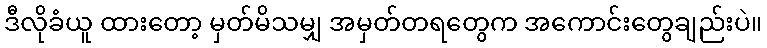
ဒီလိုခံယူ ထားတော့ မှတ်မိသမျှ အမှတ်တရတွေက အကောင်းတွေချည်းပဲ။